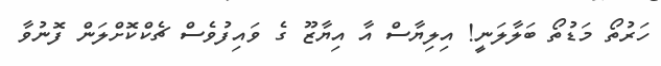
ހަރުތޯ މަޑުތޯ ބަލާލަނީ! އިލިޔާސް އާ އިޔާޒޫ ގެ ވައިފުވެސް ޗެކްކޮށްލަން ފޮނުވާ